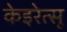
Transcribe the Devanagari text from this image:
केइरेत्सू